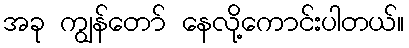
အခု ကျွန်တော် နေလို့ကောင်းပါတယ်။